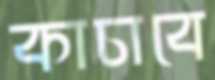
কাচাবে